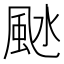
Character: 𩖱